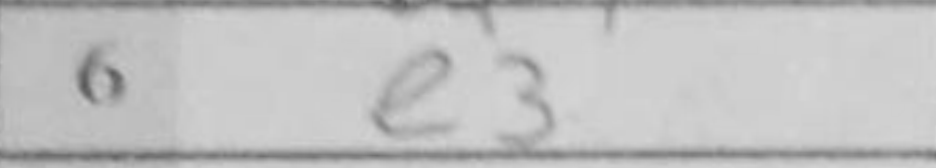
Transcription: e3